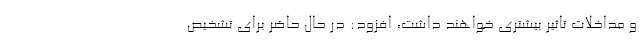
و مداخلات تاثیر بیشتری خواهند داشت، افزود: در حال حاضر برای تشخیص